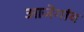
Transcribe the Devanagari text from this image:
आजेगांव